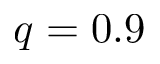
q = 0 . 9